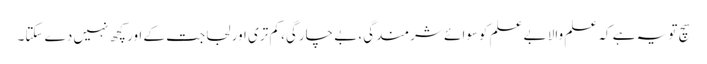
سچ تو یہ ہے کہ علم والا بے علم کوسوائے شرمندگی، بے چارگی، کم تری اور لجاجت کے اور کچھ نہیں دے سکتا۔